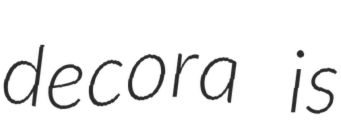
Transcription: decora is